Leaving Certificate Examination (including Day School Certificate (Higher) General paper), 1926
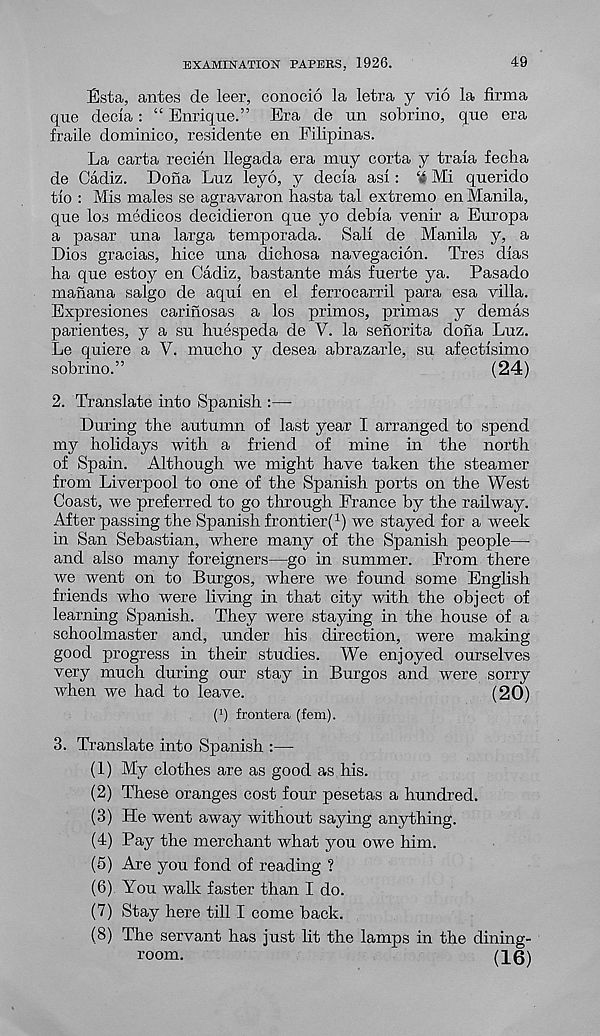
EXAMINATION PAPERS. 1926.
49
Esta, antes de leer, conocio la letra y vio la firma
que decla: “ Enrique.” Era de un sobrino, que era
fraile dominico, residente en Filipinas.
La carta recien llegada era muy corta y traia fecha
de Cadiz. Dona Luz leyo, y decia asi: ‘4 Mi querido
tio : Mis males se agravaron hasta tal extremo en Manila,
que los medicos decidieron que yo debia venir a Europa
a pasar una larga temporada. Sail de Manila y, a
Dios gracias, bice una dichosa navegacion. Tres dias
ha que estoy en Cadiz, bastante mas fuerte ya. Pasado
manana salgo de aqui en el ferrocarril para esa villa.
Expresiones carinosas a los primos, primas y demas
parientes, y a su huespeda de V. la sehorita dona Luz.
Le quiere a V. mucho y desea abrazarle, su afectlsimo
sobrino.
(24)
2. Translate into Spanish :—
During the autumn of last year I arranged to spend
my holidays with a friend of mine in the north
of Spain. Although we might have taken the steamer
from Liverpool to one of the Spanish ports on the West
Coast, we preferred to go through France by the railway.
After passing the Spanish frontier^) we stayed for a week
in San Sebastian, where many of the Spanish people—
and also many foreigners—go in summer. From there
we went on to Burgos, where we found some English
friends who were living in that city with the object of
learning Spanish. They were staying in the house of a
schoolmaster and, under his direction, were making
good progress in their studies. We enjoyed ourselves
very much during our stay in Burgos and were sorry
when we had to leave.
(20)
O frontera (fem).
3. Translate into Spanish :—
(1) My clothes are as good as his.
(2) These oranges cost four pesetas a hundred.
(3) He went away without saying anything.
(4) Pay the merchant what you owe him.
(5) Are you fond of reading ?
(6) You walk faster than I do.
(7) Stay here till I come back.
(8) The servant has just lit the lamps in the dining-
room.
(16)